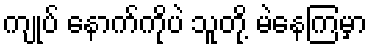
ကျုပ် နောက်ကိုပဲ သူတို့ မဲနေကြမှာ